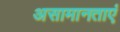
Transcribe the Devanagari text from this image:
असामानताएं